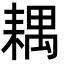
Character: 耦